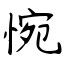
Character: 惋